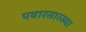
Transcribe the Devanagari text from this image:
पवारसारख्या